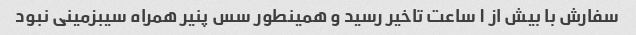
سفارش با بیش از ۱ ساعت تاخیر رسید و همینطور سس پنیر همراه سیبزمینی نبود